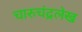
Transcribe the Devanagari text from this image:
चारुचंद्रलेख